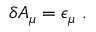
\delta A _ { \mu } = \epsilon _ { \mu } \ .